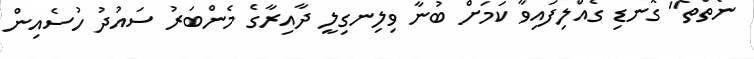
ނެތްތޯ" ގޮނޑި ގެއްލިފައިވާ ކަމަށް ބުނާ ވިލިނގިލީ ދާއިރާގެ މެންބަރު ސައުދު ހުސެއިން